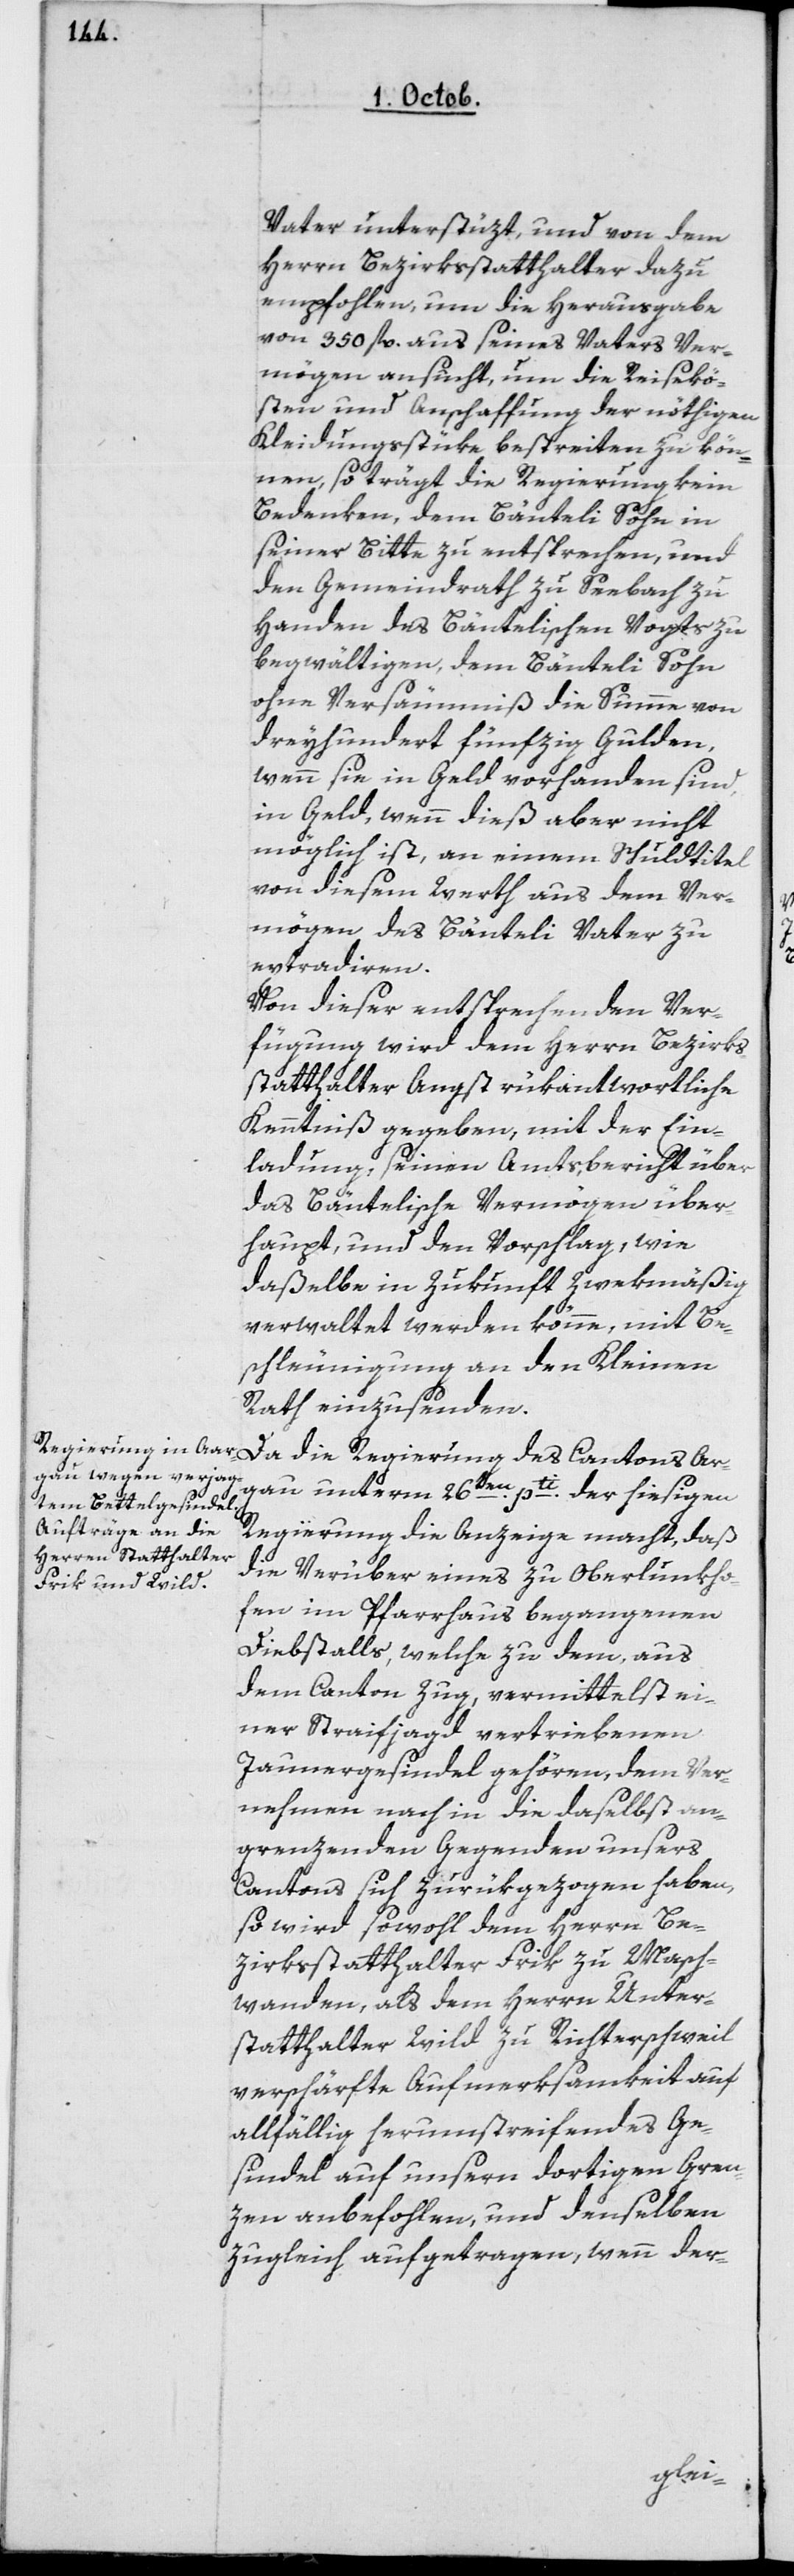
Vater unterstüzt, und von dem
Herrn Bezirksstatthalter dazu
empfohlen, um die Herausgabe
von 350 fl. aus seines Vaters Ver¬
mögen ansucht, um die Reisekö¬
sten und Anschaffung der nöthigen
Kleidungsstüke bestreiten zu kön¬
nen, so trägt die Regierung kein
Bedenken, dem Benteli Sohn in
seiner Bitte zu entsprechen, und
den Gemeindrath zu Seebach zu
Handen des Bäntelischen Vogts zu
begwältigen, dem Bänetli Sohn
ohne Versäumniß die Summe von
dreyhundert fünfzig Gulden,
wenn sie in Geld vorhanden sind,
in Geld, wenn dieß aber nicht
möglich ist, an einem Schuldtitel
von diesem Werth aus dem Ver¬
mögen des Bänteli Vater zu
extradiren.
Von dieser entsprechenden Ver¬
fügung wird dem Herrn Bezirks¬
statthalter Angst rükantwortliche
Kenntniß gegeben, mit der Ein¬
ladung: seinen Amtsbericht über
das Bäntelische Vermögen über¬
haupt, und den Vorschlag, wie
daßelbe in Zukunft zweckmäßig
verwaltet werden könne, mit Be¬
schleunigung an den Kleinen
Rath einzusenden.
Da die Regierung des Cantons Ar¬
gau unterm 26ten pati der hiesigen
Regierung die Anzeige macht, daß
die Verüber eines zu Oberlunkho¬
fen im Pfarrhaus begangenen
Diebstalls, welche zu dem, aus
dem Canton Zug, vermittelst ei¬
ner Straifjagd vertriebenen
Jaunergesindel gehören, dem Ver¬
nehmen nach in die daselbst an¬
grenzenden Gegenden unsers
Cantons sich zurükgezogen haben,
so wird sowohl dem Herrn Be¬
zirksstatthalter Frik zu Masch¬
wanden, als dem Herrn Unter¬
statthalter Wild zu Richterschweil
verschärfte Aufmerksamkeit auf
allfällig herumstreifendes Ge¬
sindel auf unsern dortigen Gren¬
zen anbefohlen, und denselben
zugleich aufgetragen, wenn der-